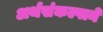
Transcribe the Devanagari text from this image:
अर्थसंकल्पाने